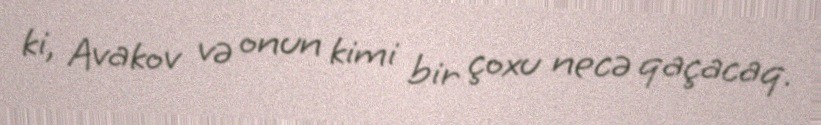
ki, Avakov və onun kimi bir çoxu necə qaçacaq.